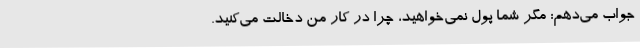
جواب می‌دهم: مگر شما پول نمی‌خواهید، چرا در کار من دخالت می‌کنید.